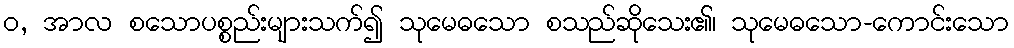
ဝ, အာလ စသောပစ္စည်းများသက်၍ သုမေဓသော စသည်ဆိုသေး၏၊ သုမေဓသော-ကောင်းသော